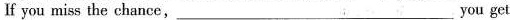
If you miss the chance,___you get